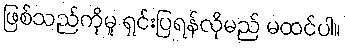
ဖြစ်သည်ကိုမူ ရှင်းပြရန်လိုမည် မထင်ပါ။